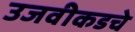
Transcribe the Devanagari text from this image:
उजवीकडचे